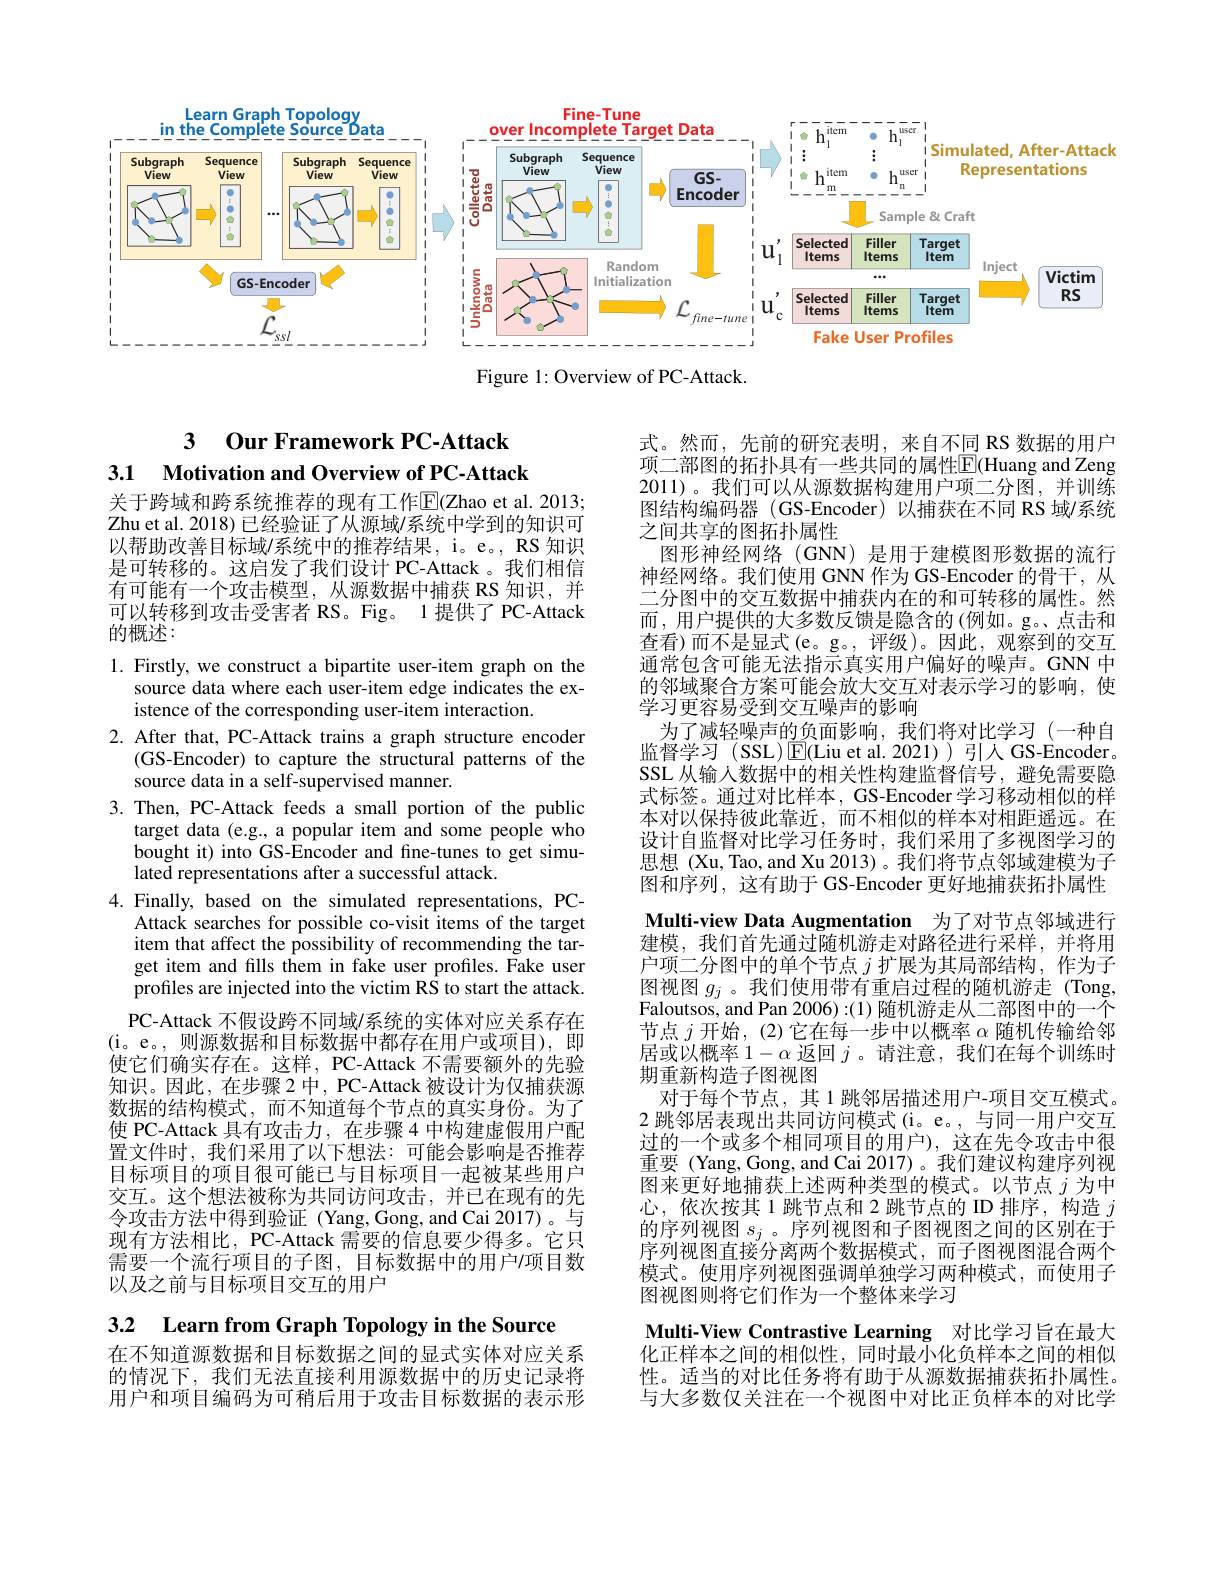
<FigureHere>

Figure 1: Overview of PC-Attack.

## 3 Our Framework PC-Attack 3.1 Motivation and Overview of PC-Attack

关于跨域和跨系统推荐的现有工作$\operatorname{E}($Zhao et al. 2013; Zhu et al. 2018) 已经验证了从源域/系统中学到的知识可以帮助改善目标域/系统中的推荐结果，i。e。, RS 知识是可转移的。这启发了我们设计 PC-Attack 。我们相信有可能有一个攻击模型，从源数据中捕获 RS 知识，并可以转移到攻击受害者 RS。Fig。1 提供了 PC-Attack 的概述：

式。然而，先前的研究表明，来自不同 RS 数据的用户项二部图的拓扑具有一些共同的属性$\overline{\mathbb{E}}($Huang and Zeng 2011)。我们可以从源数据构建用户项二分图，并训练图结构编码器 (GS-Encoder)以捕获在不同 RS 域/系统之间共享的图拓扑属性
图形神经网络(GNN) 是用于建模图形数据的流行神经网络。我们使用 GNN 作为 GS-Encoder 的骨干，从二分图中的交互数据中捕获内在的和可转移的属性。然而，用户提供的大多数反馈是隐含的(例如。g。点击和查看)而不是显式(e。g。,评级)。因此，观察到的交互通常包含可能无法指示真实用户偏好的噪声。GNN 中的邻域聚合方案可能会放大交互对表示学习的影响，使学习更容易受到交互噪声的影响
为了减轻噪声的负面影响，我们将对比学习(一种自监督学习(SSL)$\boxed{\mathrm{E}}($Liu et al.2021))引人 GS-Encoder。SSL 从输入数据中的相关性构建监督信号，避免需要隐式标签。通过对比样本，GS-Encoder 学习移动相似的样本对以保持彼此靠近，而不相似的样本对相距遥远。在设计自监督对比学习任务时，我们采用了多视图学习的思想 (Xu,Tao, and Xu 2013)。我们将节点邻域建模为子图和序列，这有助于 GS-Encoder 更好地捕获拓扑属性Multi-view Data Augmentation 为了对节点邻域进行建模，我们首先通过随机游走对路径进行采样，并将用户项二分图中的单个节点$j$扩展为其局部结构，作为子图视图$g_j$ 。我们使用带有重启过程的随机游走(Tong, Faloutsos, and Pan 2006):(1) 隋机游走从二部图中的一个节点$j$开始，(2)它在每一步中以概率$\alpha$随机传输给邻居或以概率$1-\alpha$返回$j$。请注意，我们在每个训练时期重新构造子图视图
对于每个节点，其1 跳邻居描述用户-项目交互模式。2 跳邻居表现出共同访问模式(i。e。,与同一用户交互过的一个或多个相同项目的用户),这在先令攻击中很重要(Yang,Gong,and Cai 2017)。我们建议构建序列视图来更好地捕获上述两种类型的模式。以节点$j$为中心，依次按其 1 跳节点和 2 跳节点的 ID 排序，构造$j$ 的序列视图$s_j$ 。序列视图和子图视图之间的区别在于序列视图直接分离两个数据模式，而子图视图混合两个模式。使用序列视图强调单独学习两种模式，而使用子图视图则将它们作为一个整体来学习
Multi-View Contrastive Learning 对比学习旨在最大化正样本之间的相似性，同时最小化负样本之间的相似性。适当的对比任务将有助于从源数据捕获拓扑属性。与大多数仅关注在一个视图中对比正负样本的对比学

1. Firstly, we construct a bipartite user-item graph on the
source data where each user-item edge indicates the ex-
istence of the corresponding user-item interaction.
2. After that, PC-Attack trains a graph structure encoder
(GS-Encoder) to capture the structural patterns of the
source data in a self-supervised manner.
3. Then, PC-Attack feeds a small portion of the public
target data (e.g., a popular item and some people who bought it) into GS-Encoder and fine-tunes to get simulated representations after a successful attack.
4. Finally, based on the simulated representations, PC-
Attack searches for possible co-visit items of the target item that affect the possibility of recommending the target item and fills them in fake user profiles. Fake user profiles are injected into the victim RS to start the attack. PC-Attack 不假设跨不同域/系统的实体对应关系存在
(i。e。,则源数据和目标数据中都存在用户或项目),即使它们确实存在。这样，PC-Attack 不需要额外的先验知识。因此，在步骤 2 中，PC-Attack 被设计为仅捕获源数据的结构模式，而不知道每个节点的真实身份。为了使 PC-Attack 具有攻击力，在步骤 4 中构建虚假用户配置文件时，我们采用了以下想法：可能会影响是否推荐目标项目的项目很可能已与目标项目一起被某些用户交互。这个想法被称为共同访问攻击，并已在现有的先令攻击方法中得到验证(Yang,Gong,and Cai 2017)。与现有方法相比，PC-Attack 需要的信息要少得多。它只需要一个流行项目的子图，目标数据中的用户/项目数以及之前与目标项目交互的用户

3.2 Learn from Graph Topology in the Source

在不知道源数据和目标数据之间的显式实体对应关系的情况下，我们无法直接利用源数据中的历史记录将用户和项目编码为可稍后用于攻击目标数据的表示形